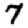
Digit: 7